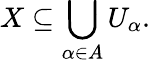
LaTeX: X\subseteq\bigcup_{\alpha\in A}U_{\alpha}.